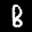
Label: 8